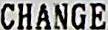
CHANGE